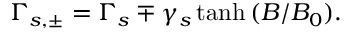
\Gamma _ { s , \pm } = \Gamma _ { s } \mp \gamma _ { s } \operatorname { t a n h } { ( B / B _ { 0 } ) } .